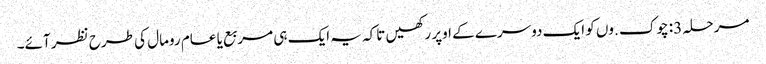
مرحلہ 3: چوک .وں کو ایک دوسرے کے اوپر رکھیں تاکہ یہ ایک ہی مربع یا عام رومال کی طرح نظر آئے۔